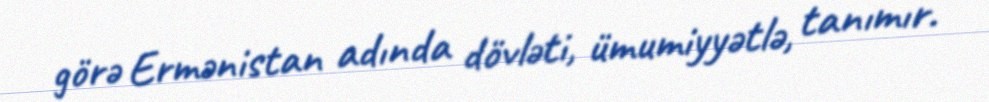
görə Ermənistan adında dövləti, ümumiyyətlə, tanımır.